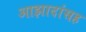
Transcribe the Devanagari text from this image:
आझादांसह